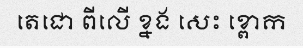
តេជោ ពីលើ ខ្នង សេះ ខ្ពោក